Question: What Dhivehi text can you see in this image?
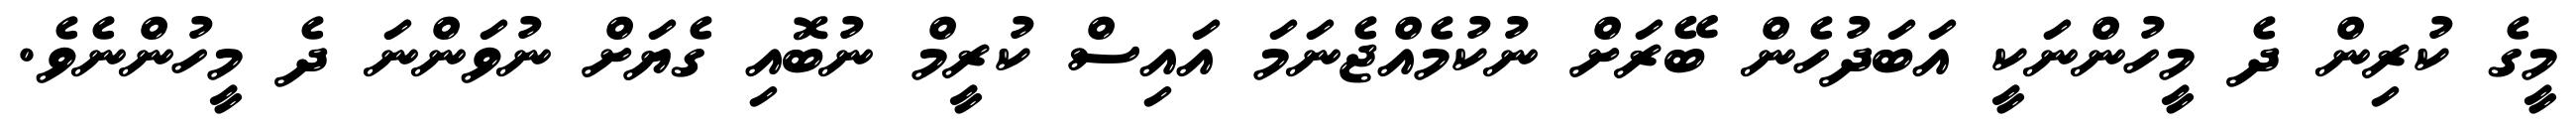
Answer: މީގެ ކުރިން ދެ މީހުންނަކީ އަބަދުހެން ބޭރަށް ނުކުމެއްޖެނަމަ އައިސް ކުރީމް ނުބޮއި ގެޔަށް ނުވަންނަ ދެ މީހުންނެވެ.